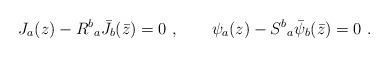
LaTeX: \begin{align*} J_a(z)- {R^b}_a {\bar J}_b(\bar z) = 0~,\qquad \psi_a(z) - {S^b}_a {\bar\psi}_b(\bar z) = 0~.\end{align*}